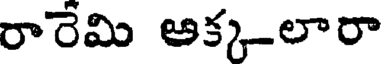
రారేమి ఆక్క-లారా